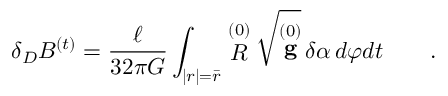
\delta _ { D } { \cal B } ^ { ( t ) } = \frac \ell { 3 2 \pi G } \int _ { | r | = \bar { r } } \stackrel { ( 0 ) } { \cal R } \sqrt { \stackrel { ( 0 ) } { \bf g } } \, \delta \alpha \, d \varphi d t \qquad .